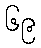
၆၉